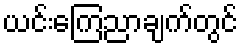
ယင်းကြေညာချက်တွင်